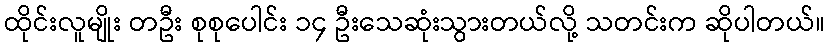
ထိုင်းလူမျိုး တဦး စုစုပေါင်း ၁၄ ဦးသေဆုံးသွားတယ်လို့ သတင်းက ဆိုပါတယ်။